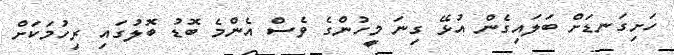
ހަށިގަނޑަށް ބަލައިގެން އުޅޭ ގިނަ މީހުންގެ ވެސް އެންމެ ބޮޑު ބޮލުގައި ރިހުމަކަށް